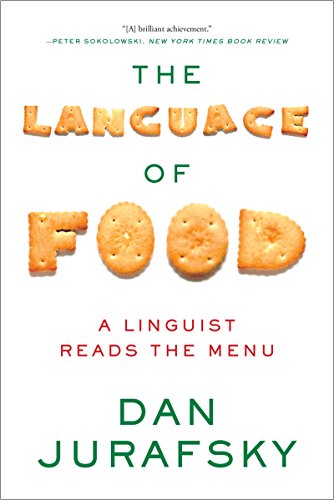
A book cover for The Language of Food: A Linguist Reads the Menu; Dan Jurafsky; Cookbooks, Food & Wine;